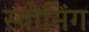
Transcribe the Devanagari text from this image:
स्वोनिंग